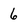
Character: 6